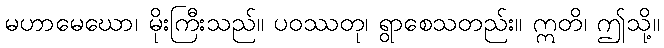
မဟာမေဃော၊ မိုးကြီးသည်။ ပဝဿတု၊ ရွာစေသတည်း။ ဣတိ၊ ဤသို့။